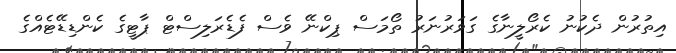
އިތުރުން ދެކުނު ކެރޯލީނާގެ ގަވަރުނަރު ތޯމަސް ޕިކްނޭ ވެސް ފެޑެރަލިސްޓް ޕާޓީގެ ކެންޑިޑޭޓެއްގެ